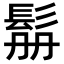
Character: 𩬥